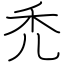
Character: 禿